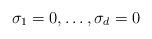
LaTeX: \begin{align*}\sigma_1=0,\dots,\sigma_d= 0\end{align*}